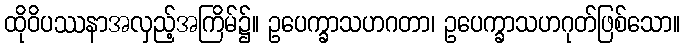
ထိုဝိပဿနာအလှည့်အကြိမ်၌။ ဥပေက္ခာသဟဂတာ၊ ဥပေက္ခာသဟဂုတ်ဖြစ်သော။